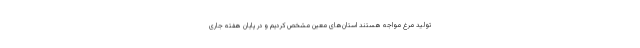
تولید مرغ مواجه هستند استان‌های معین مشخص کردیم و در پایان هفته جاری